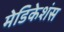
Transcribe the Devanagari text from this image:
मेडिकेशंस